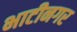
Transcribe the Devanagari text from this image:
भाटीनगर